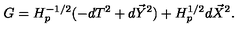
G = H _ { p } ^ { - 1 / 2 } ( - d T ^ { 2 } + d \vec { Y } ^ { 2 } ) + H _ { p } ^ { 1 / 2 } d \vec { X } ^ { 2 } .